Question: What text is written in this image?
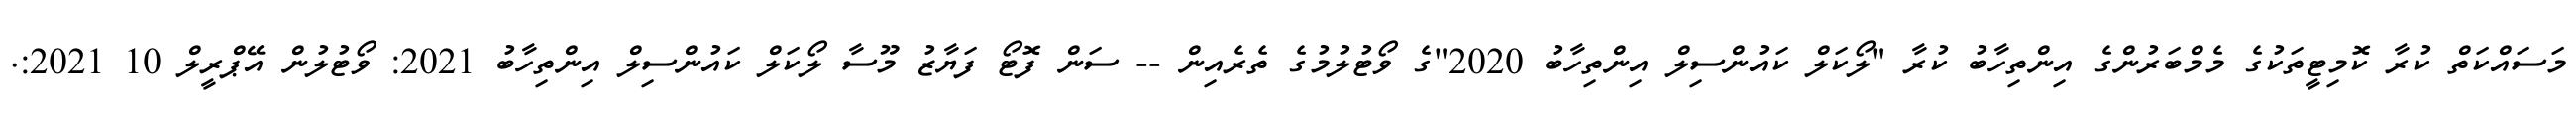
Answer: މަސައްކަތް ކުރާ ކޮމިޓީތަކުގެ މެމްބަރުންގެ އިންތިހާބު ކުރާ "ލޯކަލް ކައުންސިލް އިންތިހާބު 2020"ގެ ވޯޓުލުމުގެ ތެރެއިން -- ސަން ފޮޓޯ ފަޔާޒު މޫސާ ލޯކަލް ކައުންސިލް އިންތިހާބު 2021: ވޯޓުލުން އޭޕްރީލް 10 2021:.